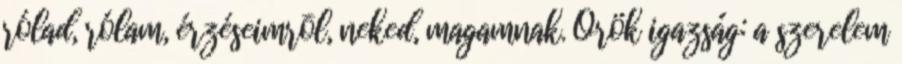
rólad, rólam, érzéseimrõl, neked, magamnak. Örök igazság: a szerelem